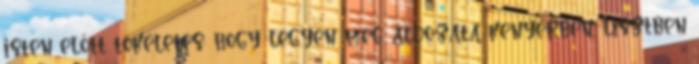
isten előtt tökéletes; hogy legyen meg áldozata kenyérben, lisztben